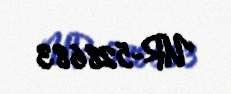
UR-528683